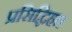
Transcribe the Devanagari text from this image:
प्रसिद्धिहत